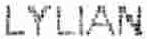
LYLIAN